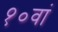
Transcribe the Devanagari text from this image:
१०वां